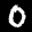
Label: 0